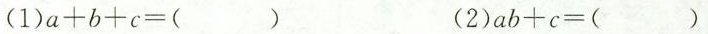
(1)$$a + b + c = ( )$$ (2)$$a b + c = ( )$$